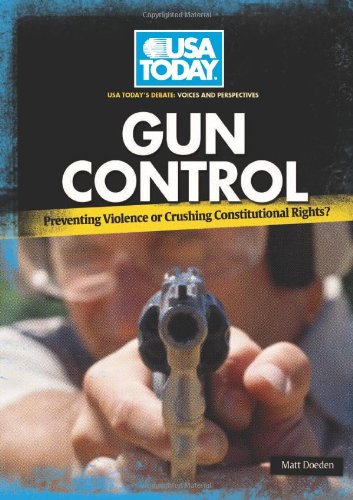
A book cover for Gun Control: Preventing Violence or Crushing Constitutional Rights? (USA Today's Debate: Voices & Perspectives); Matt Doeden; Teen & Young Adult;